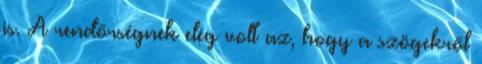
is. A rendőrségnek elég volt az, hogy a szögekről